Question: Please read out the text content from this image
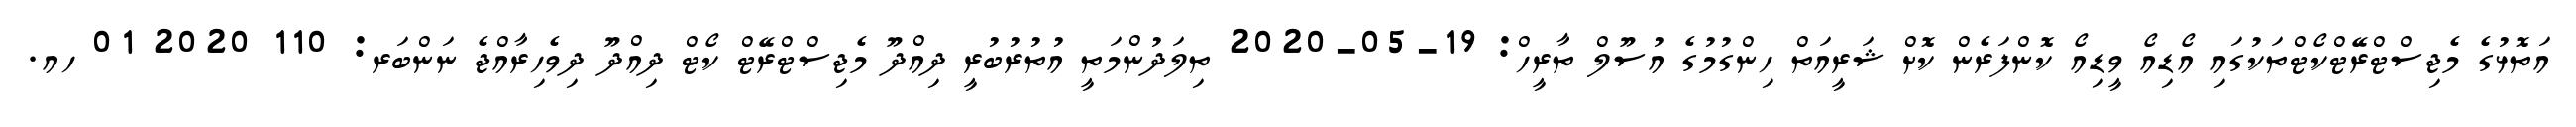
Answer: އަތޮޅުގެ މެޖިސްޓްރޭޓްކޯޓްތަކުގައި އޯޑިއޯ ވީޑިއޯ ކޮންފަރެން ކޮށް ޝަރީއަތް ހިންގުމުގެ އުސޫލް ތާރީހް: 19-05-2020 ތިލަދުންމަތީ އުތުރުބުރީ ދިއްދޫ މެޖިސްޓްރޭޓް ކޯޓް ދިއްދޫ ދިވެހިރާއްޖެ ނަންބަރ: 110 2020 01 ހއ.